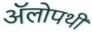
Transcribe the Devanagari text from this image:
ॲलोपथी